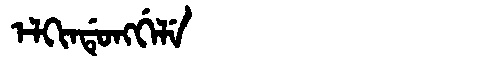
Manchu: ᡝᠯᡴᡳᠨᡩᡠᠩᡤᡝᠯᡝ
Romanization: ELKINDUNGGELE